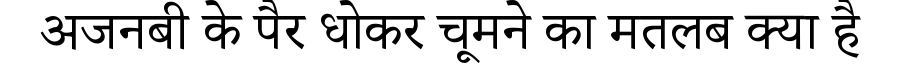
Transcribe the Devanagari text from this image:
अजनबी के पैर धोकर चूमने का मतलब क्या है